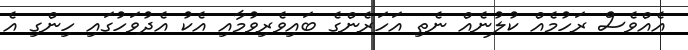
އެއްވެސް ރަހުމެއް ކުލުނެއް ނެތި އަހަރެންގެ ބައިވެރިވުމާއި އެކު އެދުވަހުގައި ހިންގި އެ